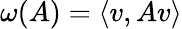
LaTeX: \omega(A)=\langle v,Av\rangle